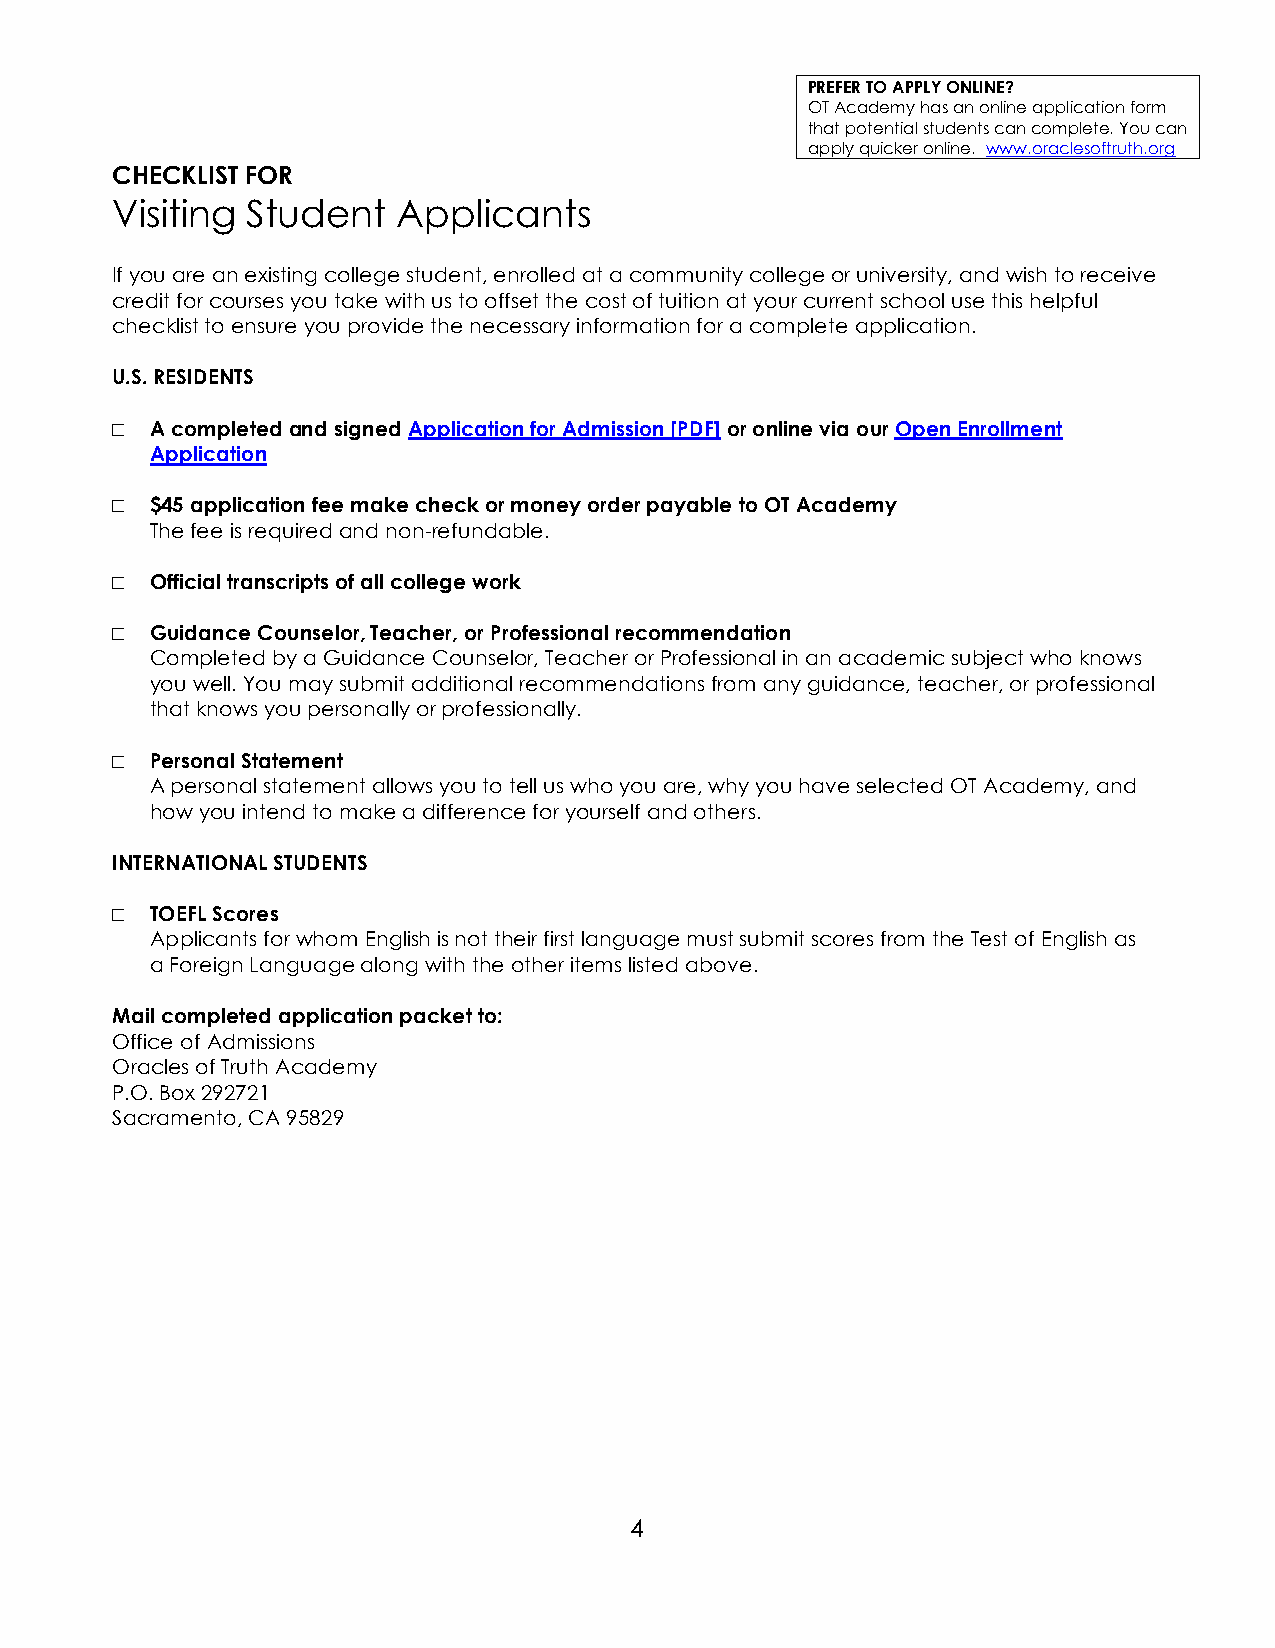
PREFER TO APPLY ONLINE?
 OT Academy has an online application form
 that potential students can complete. You can
 apply quicker online. www.oraclesoftruth.org
 CHECKLIST FOR
 Visiting Student   Applicants
 If you are an existing college student, enrolled at a community college or university, and wish to receive
 credit for courses you take with us to offset the cost of tuition at your current school use this helpful
 checklist to ensure you provide the necessary information for a complete application.
 U.S. RESIDENTS
 □  A completed and signed Application for Admission [PDF] or online via our Open Enrollment
 Application
 □  $45 application fee make check or money order payable to OT Academy
 The fee is required and non-refundable.
 □  Official transcripts of all college work
 □  Guidance Counselor, Teacher, or Professional recommendation
 Completed by a Guidance Counselor, Teacher or Professional in an academic subject who knows
 you well. You may submit additional recommendations from any guidance, teacher, or professional
 that knows you personally or professionally.
 □  Personal Statement
 A personal statement allows you to tell us who you are, why you have selected OT Academy, and
 how you intend to make a difference for yourself and others.
 INTERNATIONAL STUDENTS
 □  TOEFL Scores
 Applicants for whom English is not their first language must submit scores from the Test of English as
 a Foreign Language along with the other items listed above.
 Mail completed application packet to:
 Office of Admissions
 Oracles of Truth Academy
 P.O. Box 292721
 Sacramento, CA 95829
 4